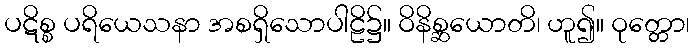
ပဋိစ္စ ပရိယေသနာ အစရှိသောပါဠိ၌။ ဝိနိစ္ဆယောတိ၊ ဟူ၍။ ဝုတ္တော၊